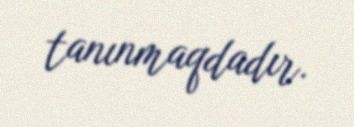
tanınmaqdadır.